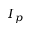
I _ { p }